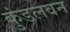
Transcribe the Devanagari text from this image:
कुंडलवन